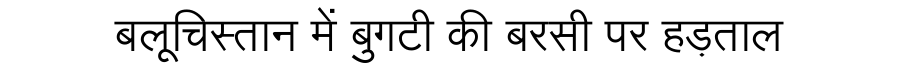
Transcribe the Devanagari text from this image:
बलूचिस्तान में बुगटी की बरसी पर हड़ताल